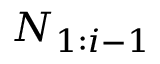
N _ { 1 : i - 1 }